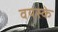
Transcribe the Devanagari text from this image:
वयस्के